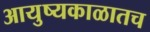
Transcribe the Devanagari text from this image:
आयुष्यकाळातच